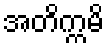
အတိက္ကမိ